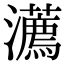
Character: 瀳